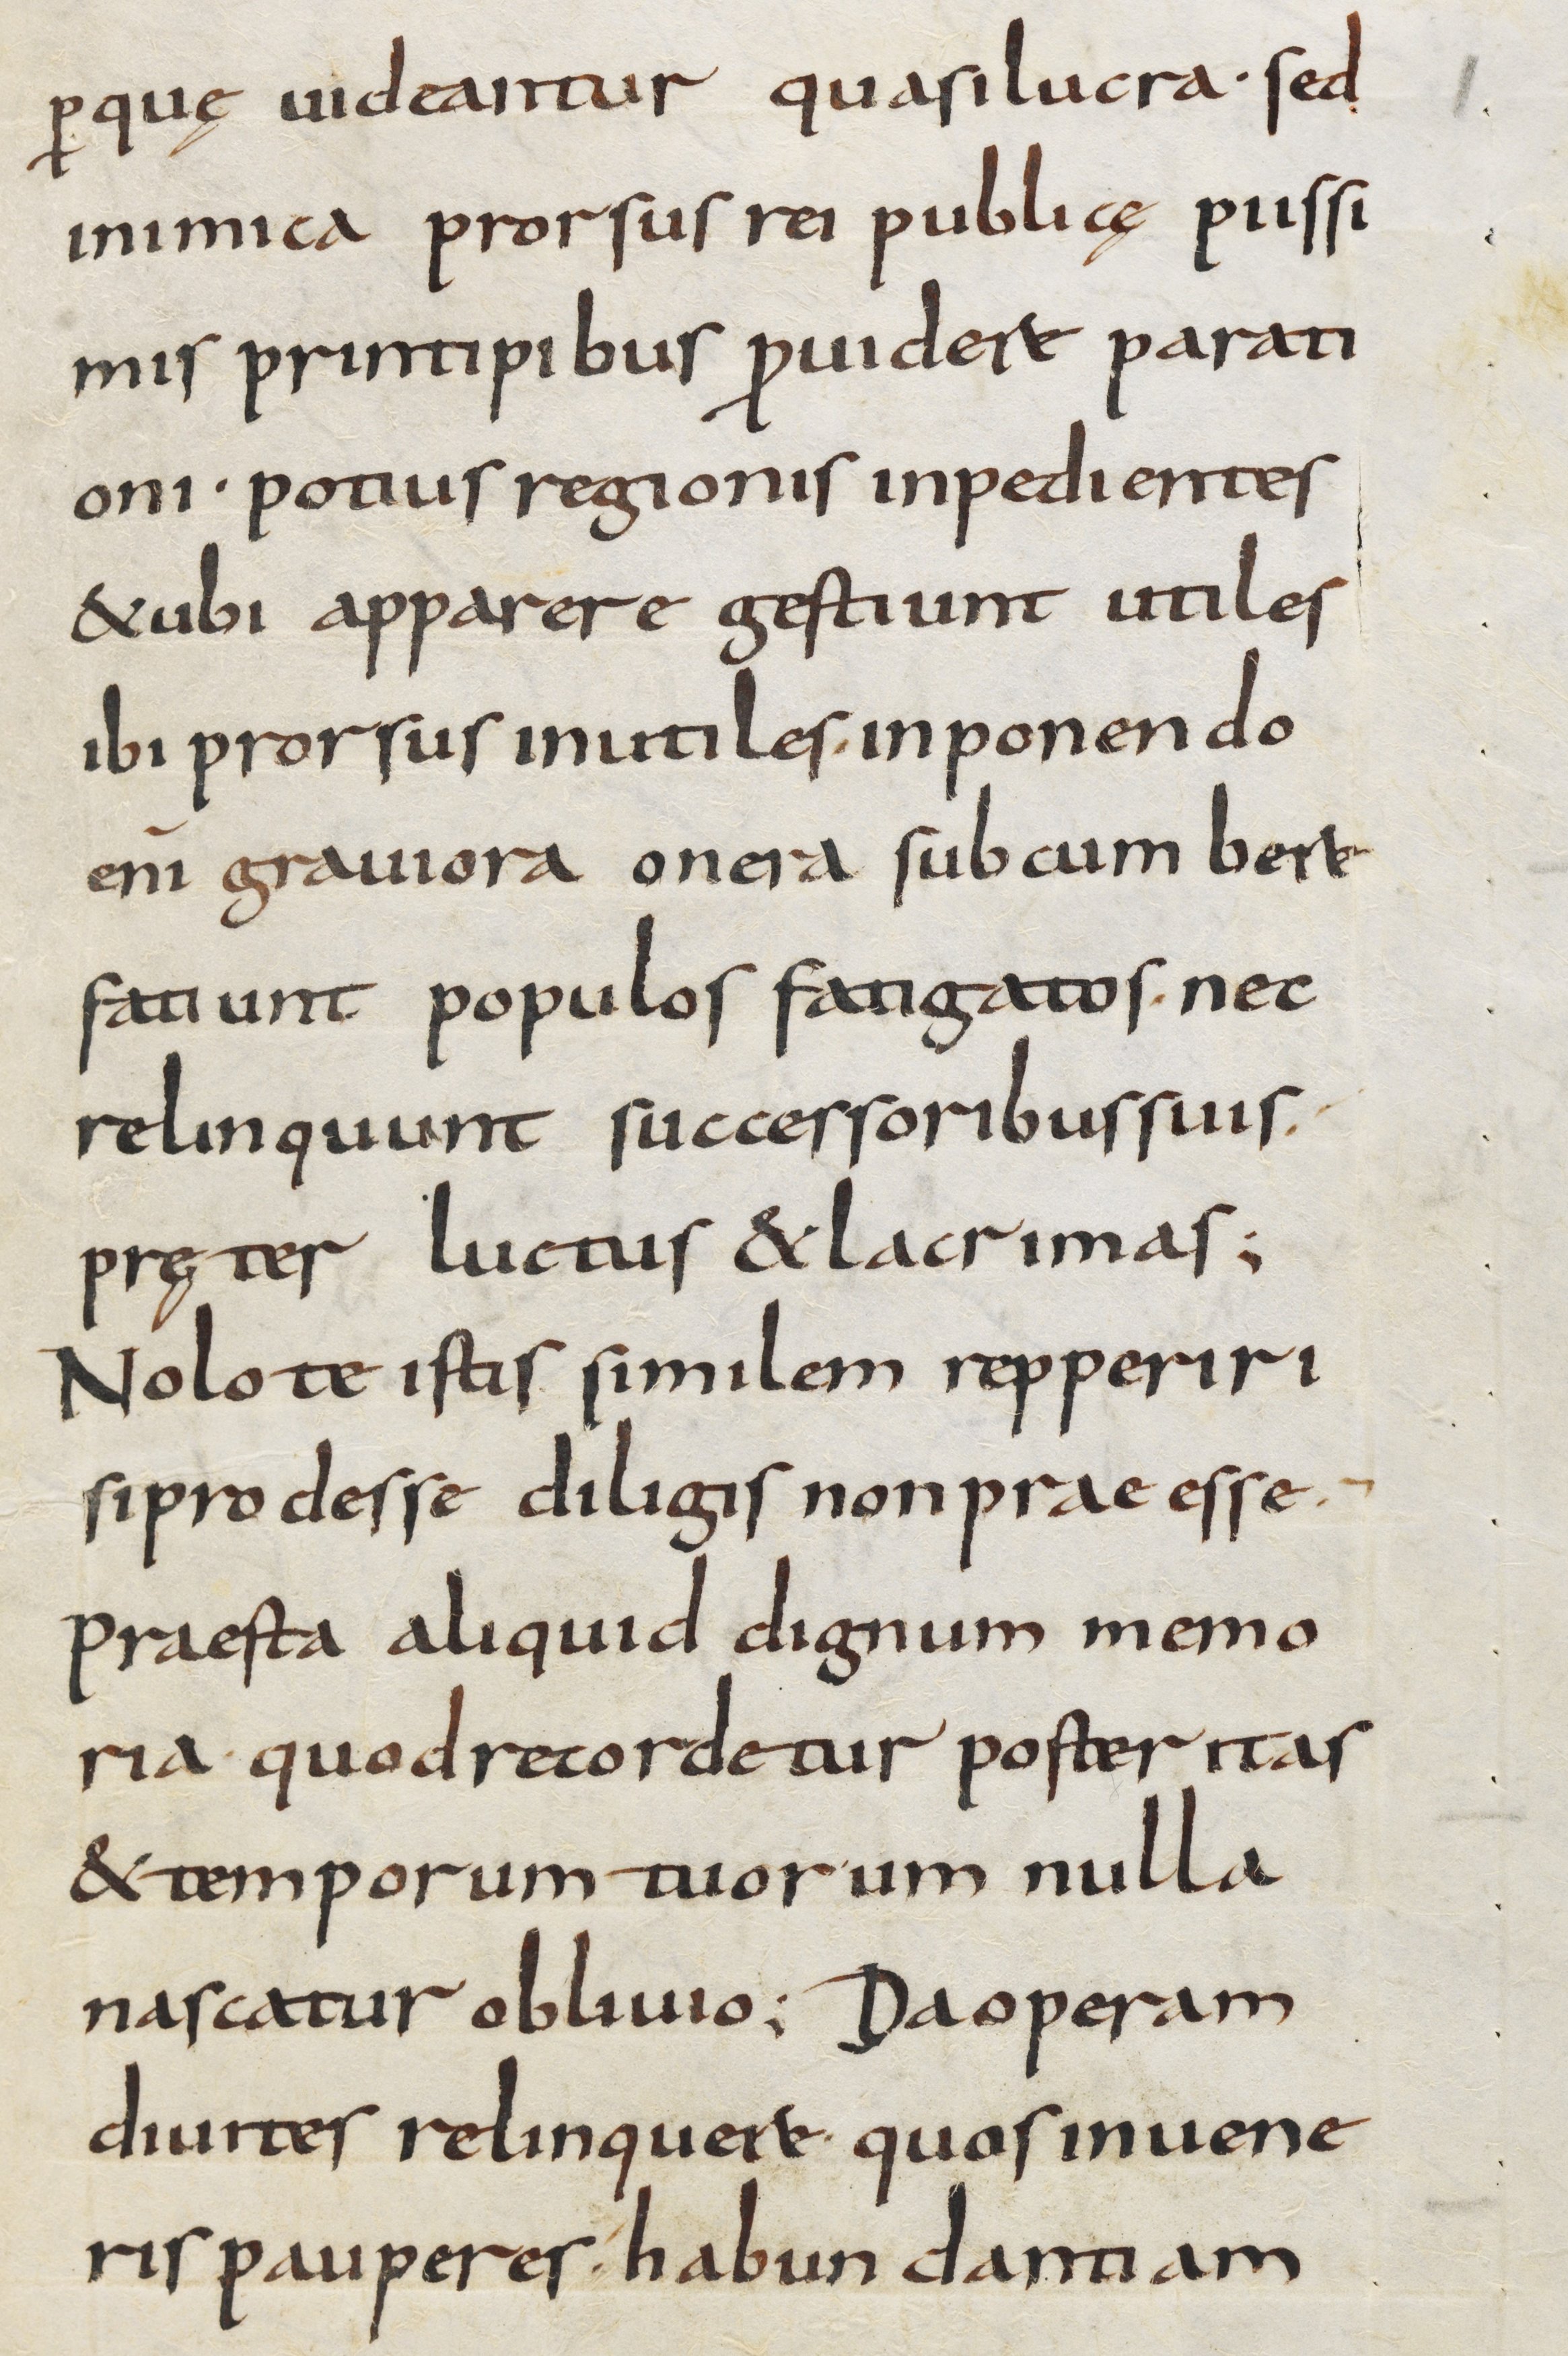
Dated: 800–899